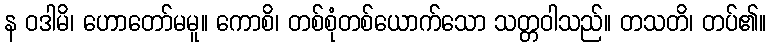
န ဝဒါမိ၊ ဟောတော်မမူ။ ကောစိ၊ တစ်စုံတစ်ယောက်သော သတ္တဝါသည်။ တသတိ၊ တပ်၏။